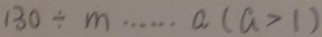
1 3 0 \div m \cdots a ( a > 1 )